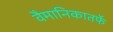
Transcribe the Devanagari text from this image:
वैमानिकातर्फे